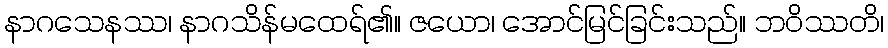
နာဂသေနဿ၊ နာဂသိန်မထေရ်၏။ ဇယော၊ အောင်မြင်ခြင်းသည်။ ဘဝိဿတိ၊